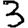
Digit: 3